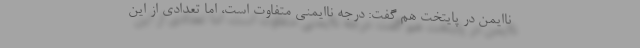
ناایمن در پایتخت هم گفت: درجه ناایمنی متفاوت است، اما تعدادی از این